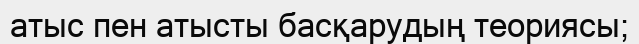
атыс пен атысты басқарудың теориясы;